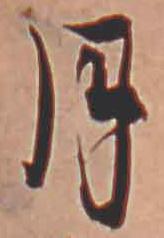
月